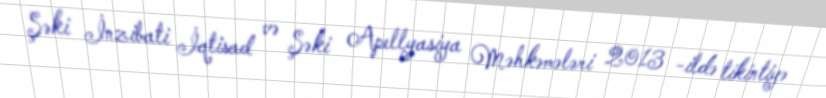
Şəki İnzibati İqtisad və Şəki Apellyasiya Məhkəmələri 2013 -ildə tikintiyə